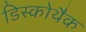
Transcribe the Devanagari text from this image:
डिस्कोथैक